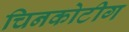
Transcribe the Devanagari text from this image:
चिनकोटीग